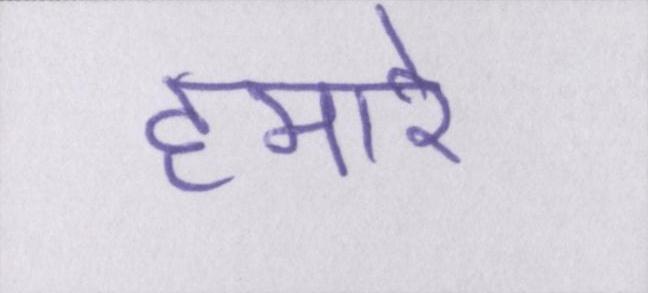
हमारे